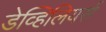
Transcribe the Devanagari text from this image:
डेव्हिलियर्स